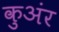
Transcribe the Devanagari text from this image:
कुअंर